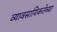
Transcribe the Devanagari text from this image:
व्यावसायिकतेच्या